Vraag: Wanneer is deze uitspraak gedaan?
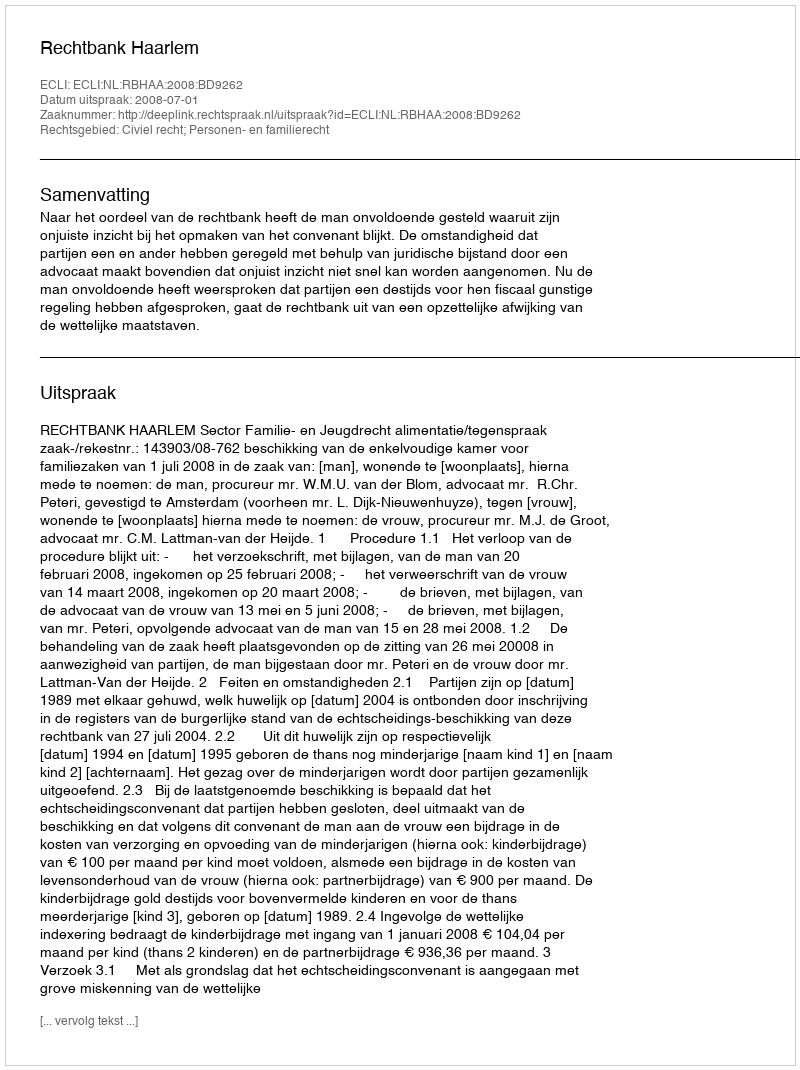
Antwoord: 2008-07-01